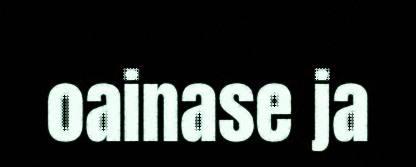
oainase ja